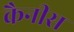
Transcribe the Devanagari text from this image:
कैनीस